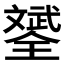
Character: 𣁦